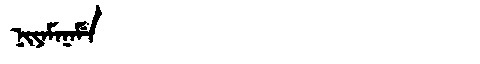
Manchu: ᠨᡳᠶᠠᠮᠠᠨᠠᠮᡝ
Romanization: NIYAMANAME